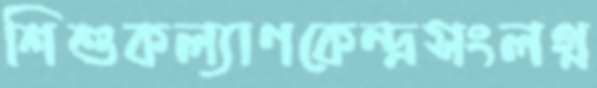
শিশুকল্যাণকেন্দ্রসংলগ্ন